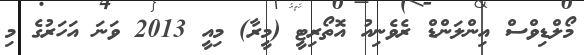
މޯލްޑިވްސް އިންލަންޑް ރެވެނިއު އޮތޯރިޓީ (މީރާ) މިއީ 2013 ވަނަ އަހަރުގެ މި